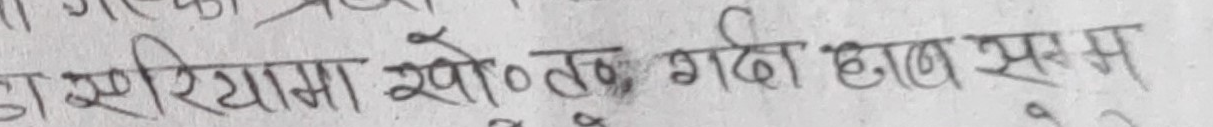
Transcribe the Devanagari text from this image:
टा एरियामा खो० तक गर्दा हात सम